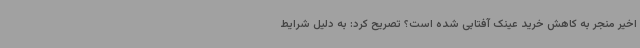
اخیر منجر به کاهش خرید عینک آفتابی شده است؟ تصریح کرد: به دلیل شرایط